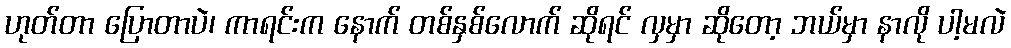
ဟုတ်တာ ပြောတာပဲ၊ ကာရင်းက နောက် တစ်နှစ်လောက် ဆိုရင် လှမှာ ဆိုတော့ ဘယ်မှာ နာလို ပါ့မလဲ